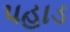
પહાડ